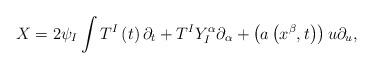
LaTeX: \begin{align*}X=2\psi _{I}\int T^{I}\left( t\right) \partial _{t}+T^{I}Y_{I}^{\alpha}\partial _{\alpha }+\left( a\left( x^{\beta },t\right) \right) u\partial_{u},\end{align*}